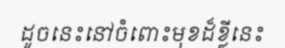
ដូចនេះនៅចំពោះមុខដ៏ខ្លីនេះ